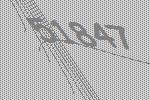
51847